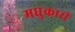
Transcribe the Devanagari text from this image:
मधुकारी